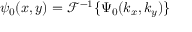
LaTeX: \psi _ { 0 } ( x , y ) = { \mathcal { F } } ^ { - 1 } \{ \Psi _ { 0 } ( k _ { x } , k _ { y } ) \}